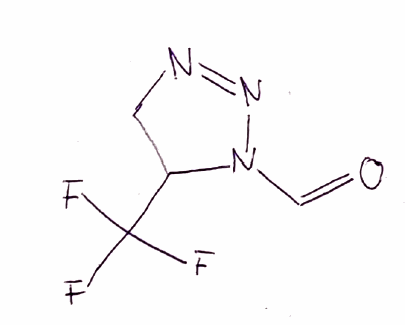
Simplified molecular-input line-entry system (SMILES) notation of the given molecule:
C1C(N(N=N1)C=O)C(F)(F)F